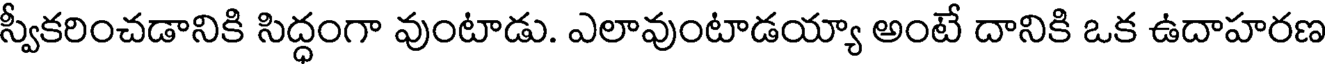
స్వీకరించడానికి సిద్ధంగా వుంటాడు. ఎలావుంటాడయ్యా అంటే దానికి ఒక ఉదాహరణ